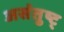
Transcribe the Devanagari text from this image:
असंतुष्ट्